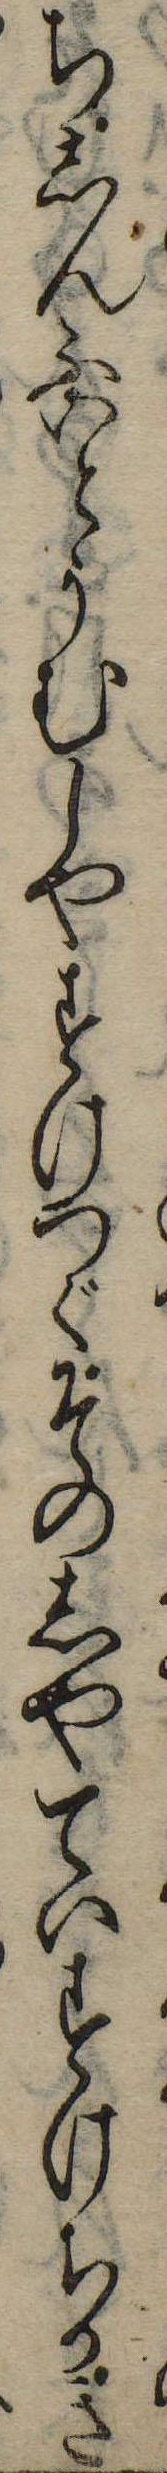
ちしんふいとうむしやすけつぐそのしやていすけちかき